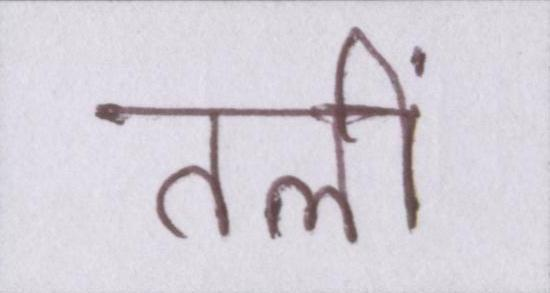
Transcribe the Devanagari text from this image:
तलीं